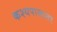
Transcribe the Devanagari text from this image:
कश्यपाखातर